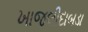
ખાજલીદાબડા